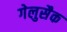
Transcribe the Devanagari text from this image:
गेलुसैक